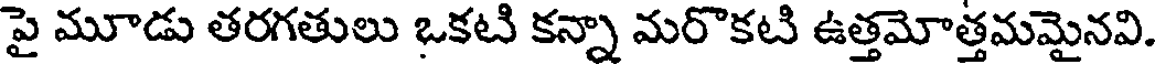
పై మూడు తరగతులు ఒకటి కన్నా మరొకటి ఉత్తమోత్తమమైనవి.